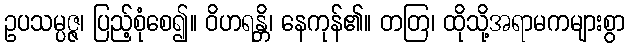
ဥပသမ္ပဇ္ဇ၊ ပြည့်စုံစေ၍။ ဝိဟရန္တိ၊ နေကုန်၏။ တတြ၊ ထိုသို့အရာမကများစွာ